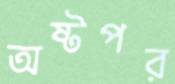
অষ্টপর